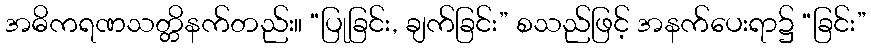
အဓိကရဏသတ္တိနက်တည်း။ “ပြုခြင်း, ချက်ခြင်း” စသည်ဖြင့် အနက်ပေးရာ၌ “ခြင်း”